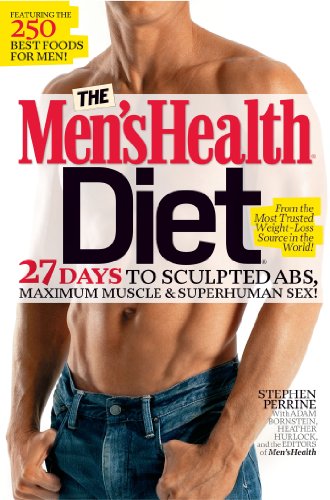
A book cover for The Men's Health Diet: 27 Days to Sculpted Abs, Maximum Muscle & Superhuman Sex!; Stephen Perrine; Health, Fitness & Dieting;